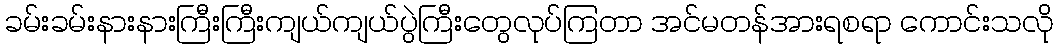
ခမ်းခမ်းနားနားကြီးကြီးကျယ်ကျယ်ပွဲကြီးတွေလုပ်ကြတာ အင်မတန်အားရစရာ ကောင်းသလို